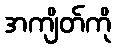
အကျိတ်ကို